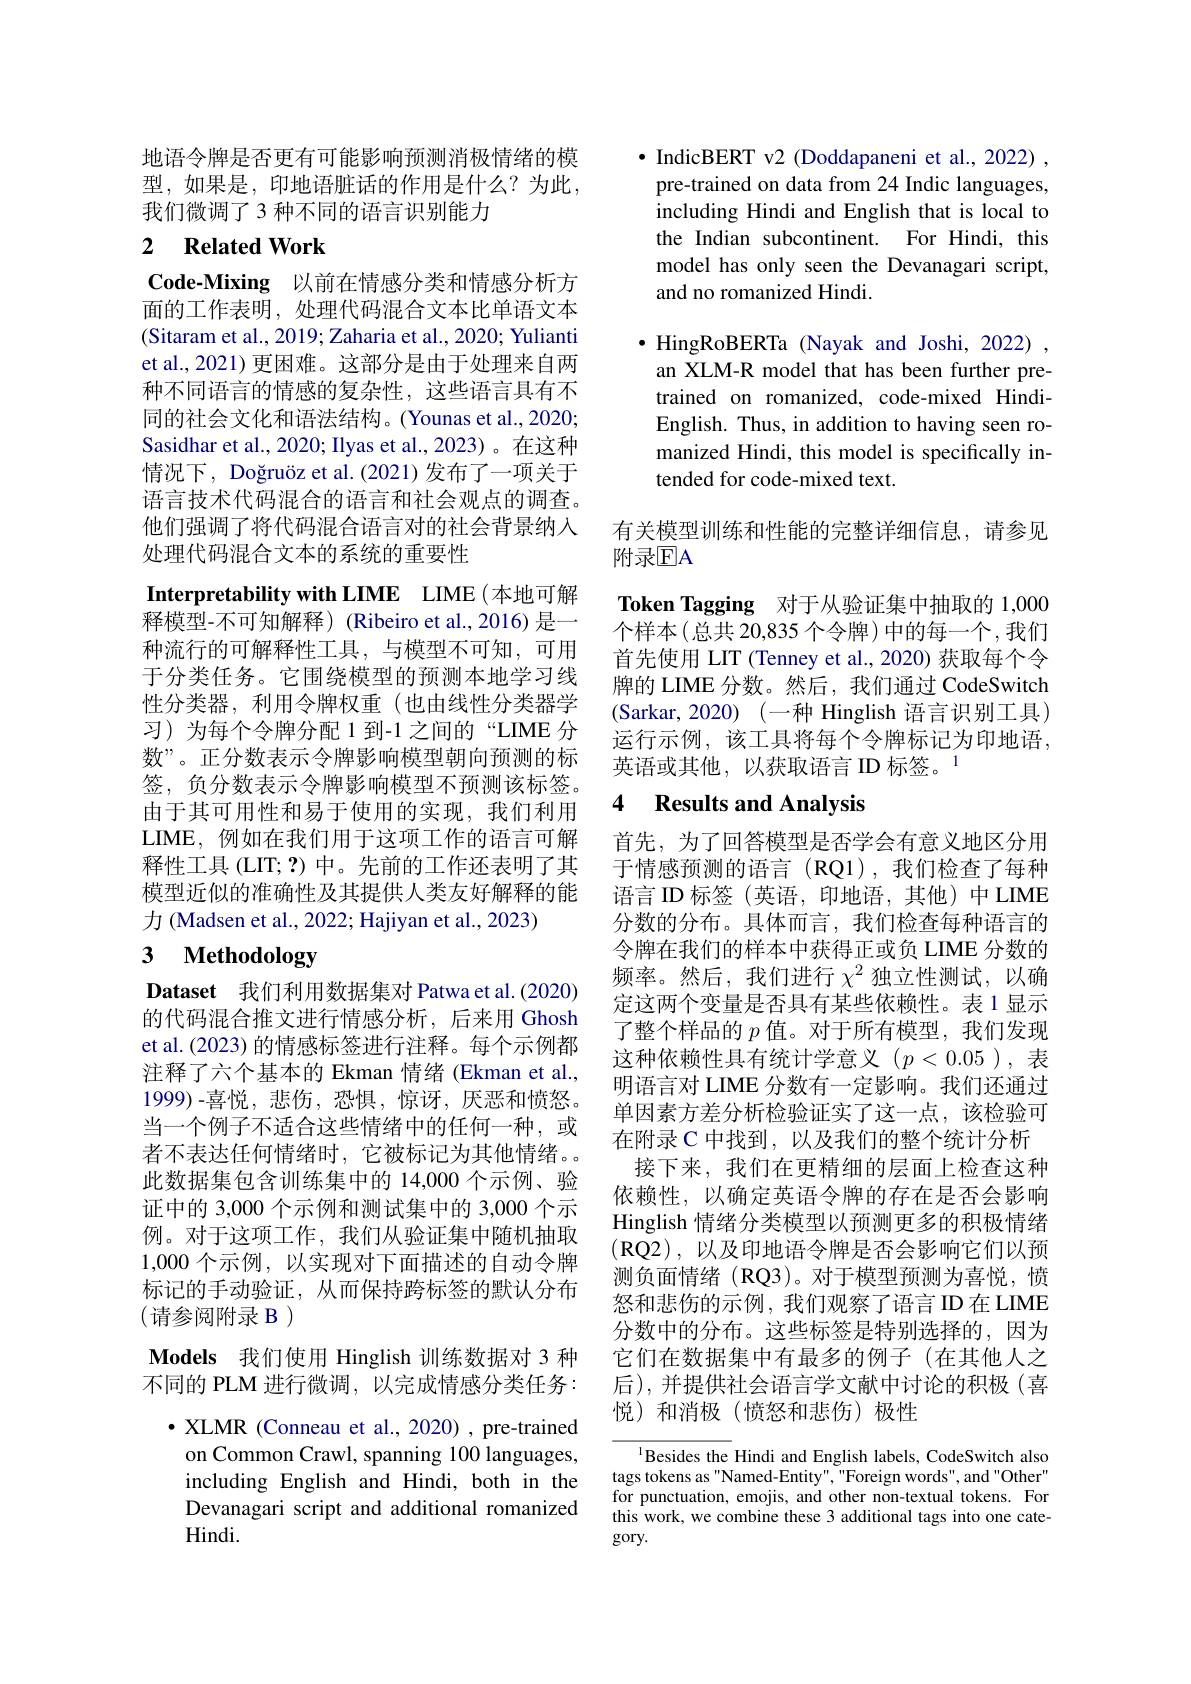
地语令牌是否更有可能影响预测消极情绪的模型，如果是，印地语脏话的作用是什么？为此， 我们微调了 3 种不同的语言识别能力

# 2 Related Work

Code-Mixing 以前在情感分类和情感分析方面的工作表明，处理代码混合文本比单语文本(Sitaram et al., 2019; Zaharia et al., 2020; Yulianti et al., 2021) 更困难。这部分是由于处理来自两种不同语言的情感的复杂性，这些语言具有不同的社会文化和语法结构。(Younas et al., 2020; Sasidhar et al., 2020; Ilyas et al., 2023)。在这种情况下，Doğruöz et al.(2021)发布了一项关于语言技术代码混合的语言和社会观点的调查。他们强调了将代码混合语言对的社会背景纳人处理代码混合文本的系统的重要性

Interpretability with LIME LIME(本地可解释模型-不可知解释)(Ribeiro et al.,2016)是一种流行的可解释性工具，与模型不可知，可用于分类任务。它围绕模型的预测本地学习线性分类器，利用令牌权重(也由线性分类器学习)为每个令牌分配 1 到-1 之间的“LIME 分数”。正分数表示令牌影响模型朝向预测的标签，负分数表示令牌影响模型不预测该标签。由于其可用性和易于使用的实现，我们利用LIME, 例如在我们用于这项工作的语言可解释性工具(LIT;?)中。先前的工作还表明了其模型近似的准确性及其提供人类友好解释的能力 (Madsen et al., 2022; Hajiyan et al., 2023)
3 $\textbf{Methodology}$

Dataset 我们利用数据集对 Patwa et al.(2020) 的代码混合推文进行情感分析，后来用 Ghosh et al. (2023) 的情感标签进行注释。每个示例都注释了六个基本的 Ekman 情绪 (Ekman et al., 1999)-喜悦，悲伤，恐惧，惊讶，厌恶和愤怒。当一个例子不适合这些情绪中的任何一种，或者不表达任何情绪时，它被标记为其他情绪。此数据集包含训练集中的 14,000 个示例、验证中的 3,000 个示例和测试集中的 3,000 个示例。对于这项工作，我们从验证集中随机抽取1,000个示例，以实现对下面描述的自动令牌标记的手动验证，从而保持跨标签的默认分布(请参阅附录 B)

$\textbf{Models 我 们 使 用 Hinglish 训 练 数 据 对 3 种 }$ 不同的 PLM 进行微调，以完成情感分类任务：
$\bullet$ XLMR (Conneau et al., 2020) , pre-trained on Common Crawl, spanning 100 languages, including English and Hindi, both in the Devanagari script and additional romanized Hindi.

$\bullet$ IndicBERT v2 (Doddapaneni et al., 2022) ,
pre-trained on data from 24 Indic languages, including Hindi and English that is local to the Indian subcontinent. For Hindi, this model has only seen the Devanagari script, and no romanized Hindi

$\cdot$ HingRoBERTa (Nayak and Joshi, 2022) , an XLM-R model that has been further pretrained on romanized, code-mixed HindiEnglish. Thus, in addition to having seen romanized Hindi, this model is specifically intended for code-mixed text.

有关模型训练和性能的完整详细信息，请参见
附录$\mathbb{E}$A

Token Tagging 对于从验证集中抽取的 1,000个样本(总共 20,835 个令牌) 中的每一个，我们首先使用 LIT (Tenney et al., 2020) 获取每个令牌的 LIME 分数。然后，我们通过 CodeSwitch (Sarkar, 2020) (一种 Hinglish 语言识别工具) 运行示例，该工具将每个令牌标记为印地语， 英语或其他，以获取语言 ID 标签。1

## 4 Results and Analysis

首先，为了回答模型是否学会有意义地区分用于情感预测的语言(RQ1),我们检查了每种语言 ID 标签 (英语，印地语，其他) 中 LIME 分数的分布。具体而言，我们检查每种语言的令牌在我们的样本中获得正或负 LIME 分数的频率。然后，我们进行$\chi^2$独立性测试，以确定这两个变量是否具有某些依赖性。表 1 显示了整个样品的$p$值。对于所有模型，我们发现这种依赖性具有统计学意义$(p<0.05)$,表明语言对 LIME 分数有一定影响。我们还通过单因素方差分析检验证实了这一点，该检验可在附录 C 中找到，以及我们的整个统计分析接下来，我们在更精细的层面上检查这种依赖性，以确定英语令牌的存在是否会影响Hinglish 情绪分类模型以预测更多的积极情绪(RQ2),以及印地语令牌是否会影响它们以预测负面情绪 (RQ3)。对于模型预测为喜悦，愤怒和悲伤的示例，我们观察了语言 ID在 LIME 分数中的分布。这些标签是特别选择的，因为它们在数据集中有最多的例子(在其他人之后),并提供社会语言学文献中讨论的积极(喜悦)和消极(愤怒和悲伤)极性

$^{1}$Besides the Hindi and English labels, CodeSwitch also tags tokens as"Named-Entity","Foreign words", and"Other" for punctuation, emojis, and other non-textual tokens. For this work, we combine these 3 additional tags into one category.